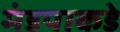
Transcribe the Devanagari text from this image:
मंडपाकडे